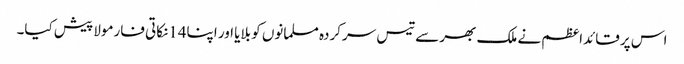
اس پر قائداعظم نے ملک بھر سے تیس سرکردہ مسلمانوں کو بلایا اور اپنا14نکاتی فارمولا پیش کیا۔